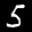
Label: 5